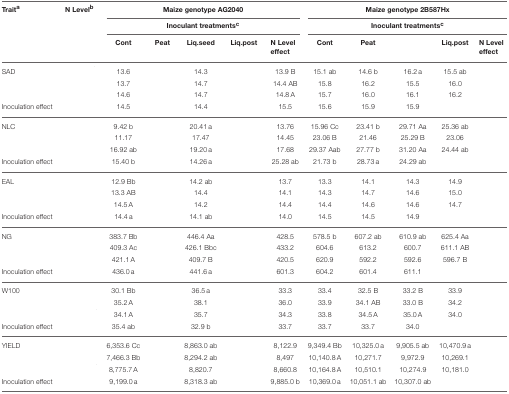
<table><thead><tr><td><b>Trait<sup>a</sup></b></td><td><b>N Level<sup>b</sup></b></td><td colspan="5"><b>Maize genotype AG2040</b></td><td colspan="5"><b>Maize genotype 2B587Hx</b></td></tr><tr><td>[EMPTY_CELL]</td><td>[EMPTY_CELL]</td><td colspan="5"><b>Inoculant treatments<sup>c</sup></b></td><td colspan="5"><b>Inoculant treatments<sup>c</sup></b></td></tr><tr><td>[EMPTY_CELL]</td><td>[EMPTY_CELL]</td><td><b>Cont</b></td><td><b>Peat</b></td><td><b>Liq.seed</b></td><td><b>Liq.post</b></td><td><b>N Level effect</b></td><td><b>Cont</b></td><td><b>Peat</b></td><td>[EMPTY_CELL]</td><td><b>Liq.post</b></td><td><b>N Level effect</b></td></tr></thead><tbody><tr><td>SAD</td><td>[EMPTY_CELL]</td><td>13.6</td><td>[EMPTY_CELL]</td><td>14.3</td><td>[EMPTY_CELL]</td><td>13.9 B</td><td>15.1 ab</td><td>14.6 b</td><td>16.2 a</td><td>15.5 ab</td><td>[EMPTY_CELL]</td></tr><tr><td>[EMPTY_CELL]</td><td>[EMPTY_CELL]</td><td>13.7</td><td>[EMPTY_CELL]</td><td>14.7</td><td>[EMPTY_CELL]</td><td>14.4 AB</td><td>15.8</td><td>16.2</td><td>15.5</td><td>16.0</td><td>[EMPTY_CELL]</td></tr><tr><td>[EMPTY_CELL]</td><td>[EMPTY_CELL]</td><td>14.6</td><td>[EMPTY_CELL]</td><td>14.7</td><td>[EMPTY_CELL]</td><td>14.8 A</td><td>15.7</td><td>16.0</td><td>16.1</td><td>16.2</td><td>[EMPTY_CELL]</td></tr><tr><td>Inoculation effect</td><td>[EMPTY_CELL]</td><td>14.5</td><td>[EMPTY_CELL]</td><td>14.4</td><td>[EMPTY_CELL]</td><td>15.5</td><td>15.6</td><td>15.9</td><td>15.9</td><td>[EMPTY_CELL]</td></tr><tr><td>NLC</td><td>[EMPTY_CELL]</td><td>9.42 b</td><td>[EMPTY_CELL]</td><td>20.41 a</td><td>[EMPTY_CELL]</td><td>13.76</td><td>15.96 Cc</td><td>23.41 b</td><td>29.71 Aa</td><td>25.36 ab</td><td>[EMPTY_CELL]</td></tr><tr><td>[EMPTY_CELL]</td><td>[EMPTY_CELL]</td><td>11.17</td><td>[EMPTY_CELL]</td><td>17.47</td><td>[EMPTY_CELL]</td><td>14.45</td><td>23.06 B</td><td>21.46</td><td>25.29 B</td><td>23.06</td><td>[EMPTY_CELL]</td></tr><tr><td>[EMPTY_CELL]</td><td>[EMPTY_CELL]</td><td>16.92 ab</td><td>[EMPTY_CELL]</td><td>19.20 a</td><td>[EMPTY_CELL]</td><td>17.68</td><td>29.37 Aab</td><td>27.77 b</td><td>31.20 Aa</td><td>24.44 ab</td><td>[EMPTY_CELL]</td></tr><tr><td>Inoculation effect</td><td>[EMPTY_CELL]</td><td>15.40 b</td><td>[EMPTY_CELL]</td><td>14.26 a</td><td>[EMPTY_CELL]</td><td>25.28 ab</td><td>21.73 b</td><td>28.73 a</td><td>24.29 ab</td><td>[EMPTY_CELL]</td></tr><tr><td>EAL</td><td>[EMPTY_CELL]</td><td>12.9 Bb</td><td>[EMPTY_CELL]</td><td>14.2 ab</td><td>[EMPTY_CELL]</td><td>13.7</td><td>13.3</td><td>14.1</td><td>14.3</td><td>14.9</td><td>[EMPTY_CELL]</td></tr><tr><td>[EMPTY_CELL]</td><td>[EMPTY_CELL]</td><td>13.3 AB</td><td>[EMPTY_CELL]</td><td>14.4</td><td>[EMPTY_CELL]</td><td>14.1</td><td>14.3</td><td>14.7</td><td>14.6</td><td>15.0</td><td>[EMPTY_CELL]</td></tr><tr><td>[EMPTY_CELL]</td><td>[EMPTY_CELL]</td><td>14.5 A</td><td>[EMPTY_CELL]</td><td>14.2</td><td>[EMPTY_CELL]</td><td>14.4</td><td>14.4</td><td>14.6</td><td>14.6</td><td>14.7</td><td>[EMPTY_CELL]</td></tr><tr><td>Inoculation effect</td><td>[EMPTY_CELL]</td><td>14.4 a</td><td>[EMPTY_CELL]</td><td>14.1 ab</td><td>[EMPTY_CELL]</td><td>14.0</td><td>14.5</td><td>14.5</td><td>14.9</td><td>[EMPTY_CELL]</td></tr><tr><td>NG</td><td>[EMPTY_CELL]</td><td>383.7 Bb</td><td>[EMPTY_CELL]</td><td>446.4 Aa</td><td>[EMPTY_CELL]</td><td>428.5</td><td>578.5 b</td><td>607.2 ab</td><td>610.9 ab</td><td>625.4 Aa</td><td>[EMPTY_CELL]</td></tr><tr><td>[EMPTY_CELL]</td><td>[EMPTY_CELL]</td><td>409.3 Ac</td><td>[EMPTY_CELL]</td><td>426.1 Bbc</td><td>[EMPTY_CELL]</td><td>433.2</td><td>604.6</td><td>613.2</td><td>600.7</td><td>611.1 AB</td><td>[EMPTY_CELL]</td></tr><tr><td>[EMPTY_CELL]</td><td>[EMPTY_CELL]</td><td>421.1 A</td><td>[EMPTY_CELL]</td><td>409.7 B</td><td>[EMPTY_CELL]</td><td>420.5</td><td>620.9</td><td>592.2</td><td>592.6</td><td>596.7 B</td><td>[EMPTY_CELL]</td></tr><tr><td>Inoculation effect</td><td>[EMPTY_CELL]</td><td>436.0 a</td><td>[EMPTY_CELL]</td><td>441.6 a</td><td>[EMPTY_CELL]</td><td>601.3</td><td>604.2</td><td>601.4</td><td>611.1</td><td>[EMPTY_CELL]</td></tr><tr><td>W100</td><td>[EMPTY_CELL]</td><td>30.1 Bb</td><td>[EMPTY_CELL]</td><td>36.5 a</td><td>[EMPTY_CELL]</td><td>33.3</td><td>33.4</td><td>32.5 B</td><td>33.2 B</td><td>33.9</td><td>[EMPTY_CELL]</td></tr><tr><td>[EMPTY_CELL]</td><td>[EMPTY_CELL]</td><td>35.2 A</td><td>[EMPTY_CELL]</td><td>38.1</td><td>[EMPTY_CELL]</td><td>36.0</td><td>33.9</td><td>34.1 AB</td><td>33.0 B</td><td>34.2</td><td>[EMPTY_CELL]</td></tr><tr><td>[EMPTY_CELL]</td><td>[EMPTY_CELL]</td><td>34.1 A</td><td>[EMPTY_CELL]</td><td>35.7</td><td>[EMPTY_CELL]</td><td>34.3</td><td>33.8</td><td>34.5 A</td><td>35.0 A</td><td>34.0</td><td>[EMPTY_CELL]</td></tr><tr><td>Inoculation effect</td><td>[EMPTY_CELL]</td><td>35.4 ab</td><td>[EMPTY_CELL]</td><td>32.9 b</td><td>[EMPTY_CELL]</td><td>33.7</td><td>33.7</td><td>33.7</td><td>34.0</td><td>[EMPTY_CELL]</td></tr><tr><td>YIELD</td><td>[EMPTY_CELL]</td><td>6,353.6 Cc</td><td>[EMPTY_CELL]</td><td>8,863.0 ab</td><td>[EMPTY_CELL]</td><td>8,122.9</td><td>9,349.4 Bb</td><td>10,325.0 a</td><td>9,905.5 ab</td><td>10,470.9 a</td><td>[EMPTY_CELL]</td></tr><tr><td>[EMPTY_CELL]</td><td>[EMPTY_CELL]</td><td>7,466.3 Bb</td><td>[EMPTY_CELL]</td><td>8,294.2 ab</td><td>[EMPTY_CELL]</td><td>8,497</td><td>10,140.8 A</td><td>10,271.7</td><td>9,972.9</td><td>10,269.1</td><td>[EMPTY_CELL]</td></tr><tr><td>[EMPTY_CELL]</td><td>[EMPTY_CELL]</td><td>8,775.7 A</td><td>[EMPTY_CELL]</td><td>8,820.7</td><td>[EMPTY_CELL]</td><td>8,660.8</td><td>10,164.8 A</td><td>10,510.1</td><td>10,274.9</td><td>10,181.0</td><td>[EMPTY_CELL]</td></tr><tr><td>Inoculation effect</td><td>[EMPTY_CELL]</td><td>9,199.0 a</td><td>[EMPTY_CELL]</td><td>8,318.3 ab</td><td>[EMPTY_CELL]</td><td>9,885.0 b</td><td>10,369.0 a</td><td>10,051.1 ab</td><td>10,307.0 ab</td><td>[EMPTY_CELL]</td></tr></tbody></table>